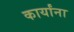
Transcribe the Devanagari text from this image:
कार्यांना